Report of the Indian Hemp Drugs Commission, 1894-1895 - Volume IV
Year: 1894
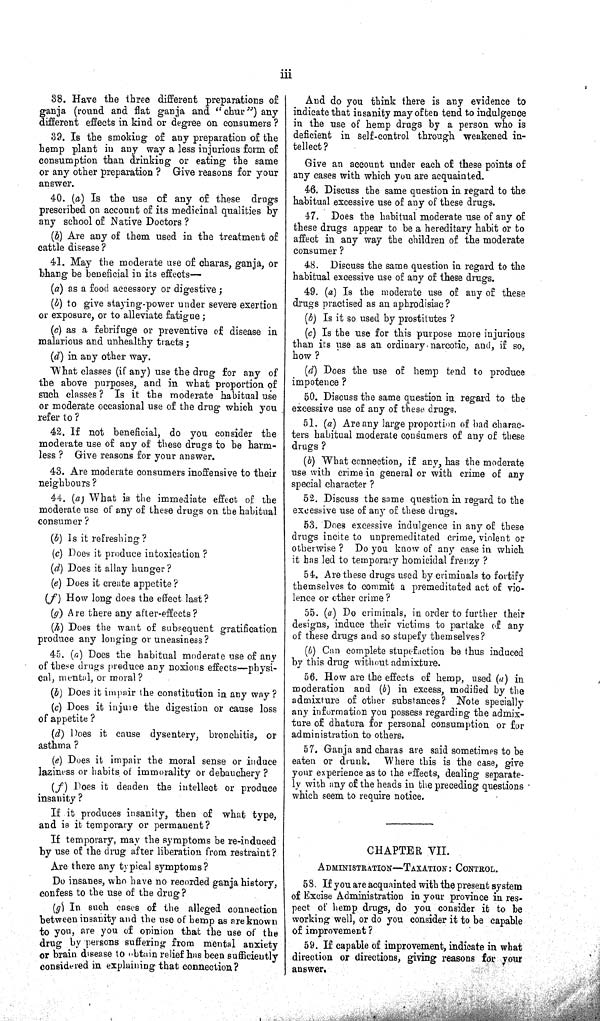
iii
38. Have the three different preparations of
ganja (round and flat ganja and "chur") any
different effects in kind or degree on consumers?
39. Is the smoking of any preparation of the
hemp plant in any way a less injurious form of
consumption than drinking or eating the same
or any other preparation? Give reasons for your
answer.
40. (a) Is the use of any of these drugs
prescribed on account of its medicinal qualities by
any school of Native Doctors?
(b) Are any of them used in the treatment of
cattle disease?
41. May the moderate use of charas, ganja, or
bhang be beneficial in its effects—
(a) as a food accessory or digestive;
(b) to give staying-power under severe exertion
or exposure, or to alleviate fatigue;
(c) as a febrifuge or preventive of disease in
malarious and unhealthy tracts;
(d) in any other way.
What classes (if any) use the drug for any of
the above purposes, and in what proportion of
such classes? Is it the moderate habitual use
or moderate occasional use of the drug which you
refer to?
42. If not beneficial, do you consider the
moderate use of any of these drugs to be harm-
less? Give reasons for your answer.
43. Are moderate consumers inoffensive to their
neighbours?
44. (a) What is the immediate effect of the
moderate use of any of these drugs on the habitual
consumer?
(b) Is it refreshing?
(c) Does it produce intoxication?
(d) Does it allay hunger?
(e) Does it create appetite?
(f) How long does the effect last?
(g) Are there any after-effects?
(h) Does the want of subsequent gratification
produce any longing or uneasiness?
45. (a) Does the habitual moderate use of any
of these drugs produce any noxious effects—physi-
cal, mental, or moral?
(b) Does it impair the constitution in any way?
(c) Does it injure the digestion or cause loss
of appetite?
(d) Does it cause dysentery, bronchitis, or
asthma?
(e) Does it impair the moral sense or induce
laziness or habits of immorality or debauchery?
(f) Does it deaden the intellect or produce
insanity?
If it produces insanity, then of what type,
and is it temporary or permanent?
If temporary, may the symptoms be re-induced
by use of the drug after liberation from restraint?
Are there any typical symptoms?
Do insanes, who have no recorded ganja history,
confess to the use of the drug?
(g) In such cases of the alleged connection
between insanity and the use of hemp as are known
to you, are you of opinion that the use of the
drug by persons suffering from mental anxiety
or brain disease to obtain relief has been sufficiently
considered in explaining that connection?
And do you think there is any evidence to
indicate that insanity may often tend to indulgence
in the use of hemp drugs by a person who is
deficient in self-control through weakened in-
tellect?
Give an account under each of these points of
any cases with which you are acquainted.
46. Discuss the same question in regard to the
habitual excessive use of any of these drugs.
47. Does the habitual moderate use of any of
these drugs appear to be a hereditary habit or to
affect in any way the children of the moderate
consumer?
48. Discuss the same question in regard to the
habitual excessive use of any of these drugs.
49. (a) Is the moderate use of any of these
drugs practised as an aphrodisiac?
(b) Is it so used by prostitutes?
(c) Is the use for this purpose more injurious
than its use as an ordinary narcotic, and, if so,
how?
(d) Does the use of hemp tend to produce
impotence?
50. Discuss the same question in regard to the
excessive use of any of these drugs.
51. (a) Are any large proportion of bad charac-
ters habitual moderate consumers of any of these
drugs?
(b) What connection, if any, has the moderate
use with crime in general or with crime of any
special character?
52. Discuss the same question in regard to the
excessive use of any of these drugs.
53. Does excessive indulgence in any of these
drugs incite to unpremeditated crime, violent or
otherwise? Do you know of any case in which
it has led to temporary homicidal frenzy?
54. Are these drugs used by criminals to fortify
themselves to commit a premeditated act of vio-
lence or other crime?
55. (a) Do criminals, in order to further their
designs, induce their victims to partake of any
of these drugs and so stupefy themselves?
(b) Can complete stupefaction be thus induced
by this drug without admixture.
56. How are the effects of hemp, used (a) in
moderation and (b) in excess, modified by the
admixture of other substances? Note specially
any information you possess regarding the admix-
ture of dhatura for personal consumption or for
administration to others.
57. Ganja and charas are said sometimes to be
eaten or drunk. Where this is the case, give
your experience as to the effects, dealing separate-
ly with any of the heads in the preceding questions
which seem to require notice.
CHAPTER VII.
ADMINISTRATION—TAXATION: CONTROL.
58. If you are acquainted with the present system
of Excise Administration in your province in res-
pect of hemp drugs, do you consider it to be
working well, or do you consider it to be capable
of improvement?
59. If capable of improvement, indicate in what
direction or directions, giving reasons for your
answer.